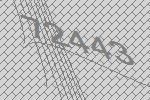
72443